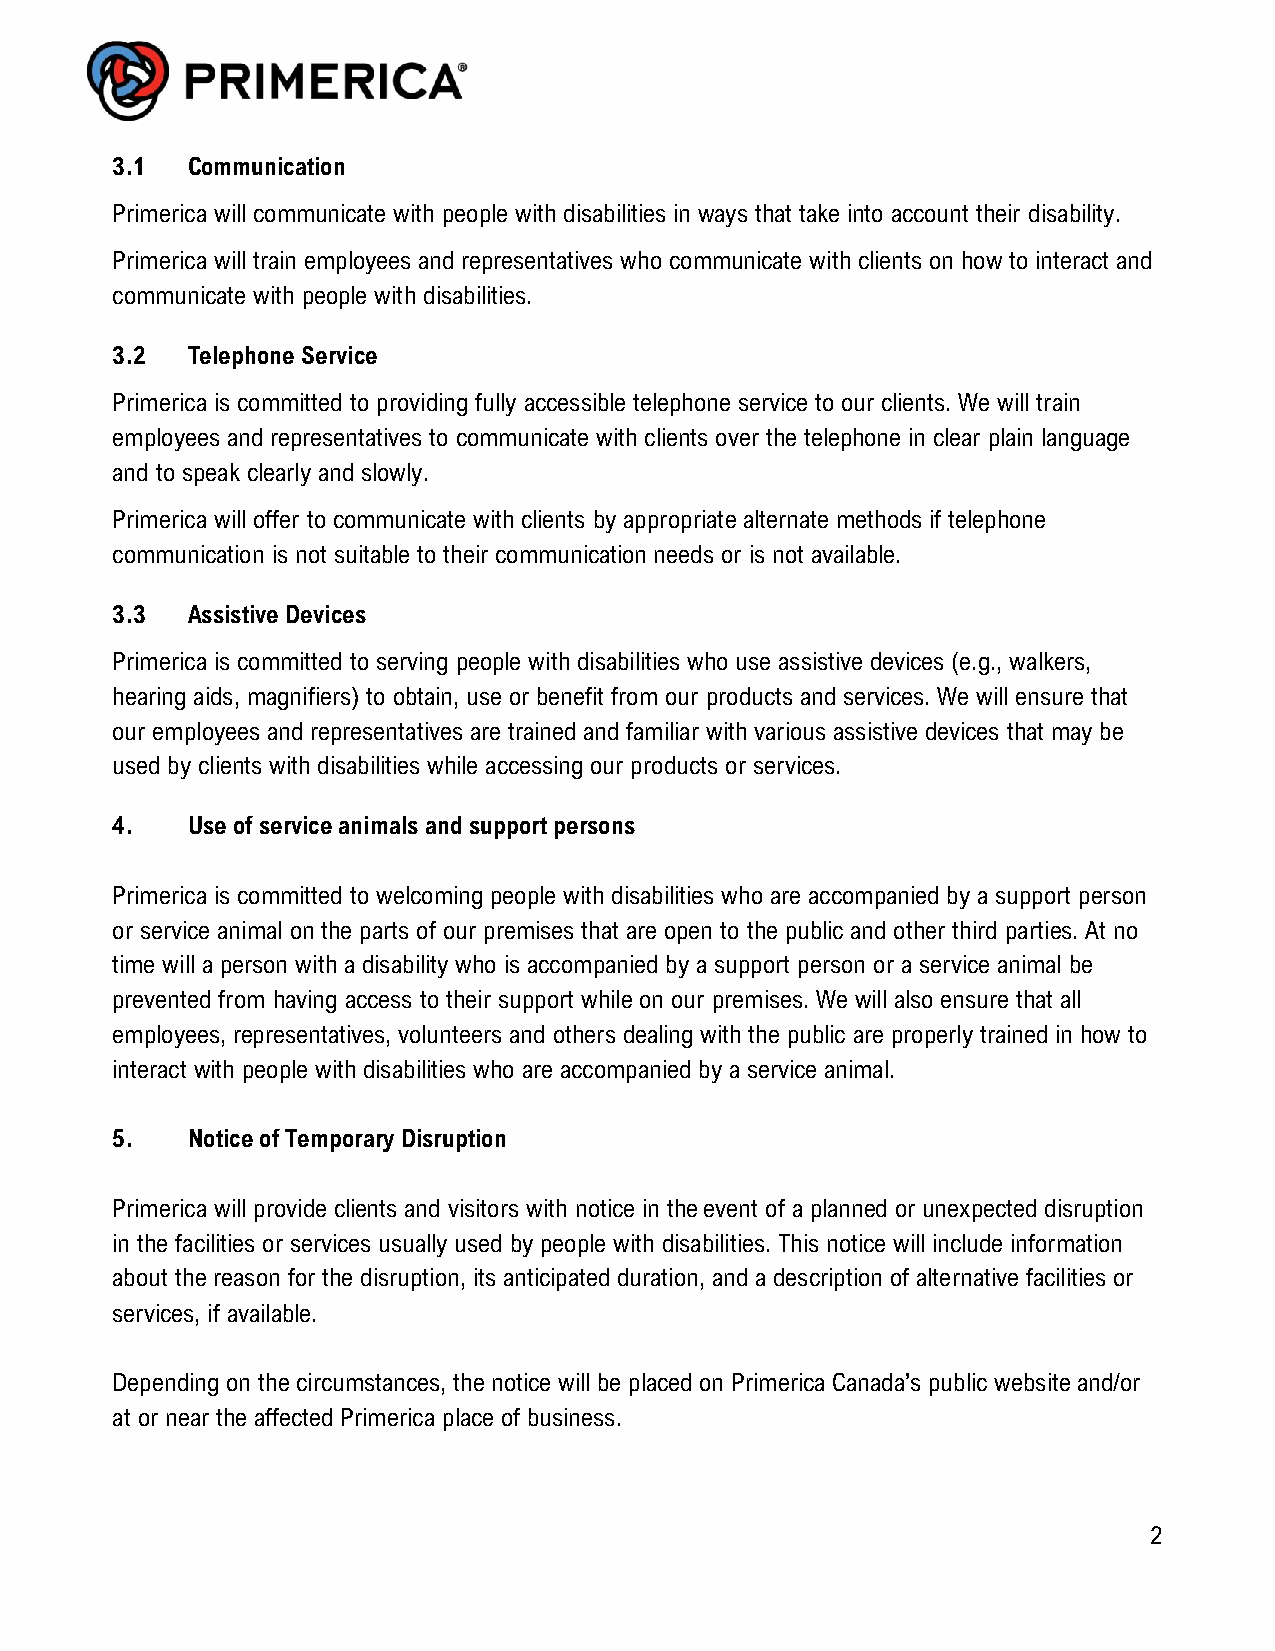
3.1  Communication
 Primerica will communicate with people with disabilities in ways that take into account their disability.
 Primerica will train employees and representatives who communicate with clients on how to interact and
 communicate with people with disabilities.
 3.2  Telephone Service
 Primerica is committed to providing fully accessible telephone service to our clients. We will train
 employees and representatives to communicate with clients over the telephone in clear plain language
 and to speak clearly and slowly.
 Primerica will offer to communicate with clients by appropriate alternate methods if telephone
 communication is not suitable to their communication needs or is not available.
 3.3  Assistive Devices
 Primerica is committed to serving people with disabilities who use assistive devices (e.g., walkers,
 hearing aids, magnifiers) to obtain, use or benefit from our products and services. We will ensure that
 our employees and representatives are trained and familiar with various assistive devices that may be
 used by clients with disabilities while accessing our products or services.
 4.   Use of service animals and support persons
 Primerica is committed to welcoming people with disabilities who are accompanied by a support person
 or service animal on the parts of our premises that are open to the public and other third parties. At no
 time will a person with a disability who is accompanied by a support person or a service animal be
 prevented from having access to their support while on our premises. We will also ensure that all
 employees, representatives, volunteers and others dealing with the public are properly trained in how to
 interact with people with disabilities who are accompanied by a service animal.
 5.   Notice of Temporary Disruption
 Primerica will provide clients and visitors with notice in the event of a planned or unexpected disruption
 in the facilities or services usually used by people with disabilities. This notice will include information
 about the reason for the disruption, its anticipated duration, and a description of alternative facilities or
 services, if available.
 Depending on the circumstances, the notice will be placed on Primerica Canada’s public website and/or
 at or near the affected Primerica place of business.
 2